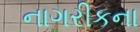
નાગરીકના